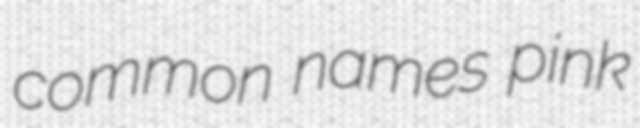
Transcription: common names pink